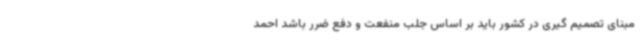
مبنای تصمیم گیری در کشور باید بر اساس جلب منفعت و دفع ضرر باشد احمد